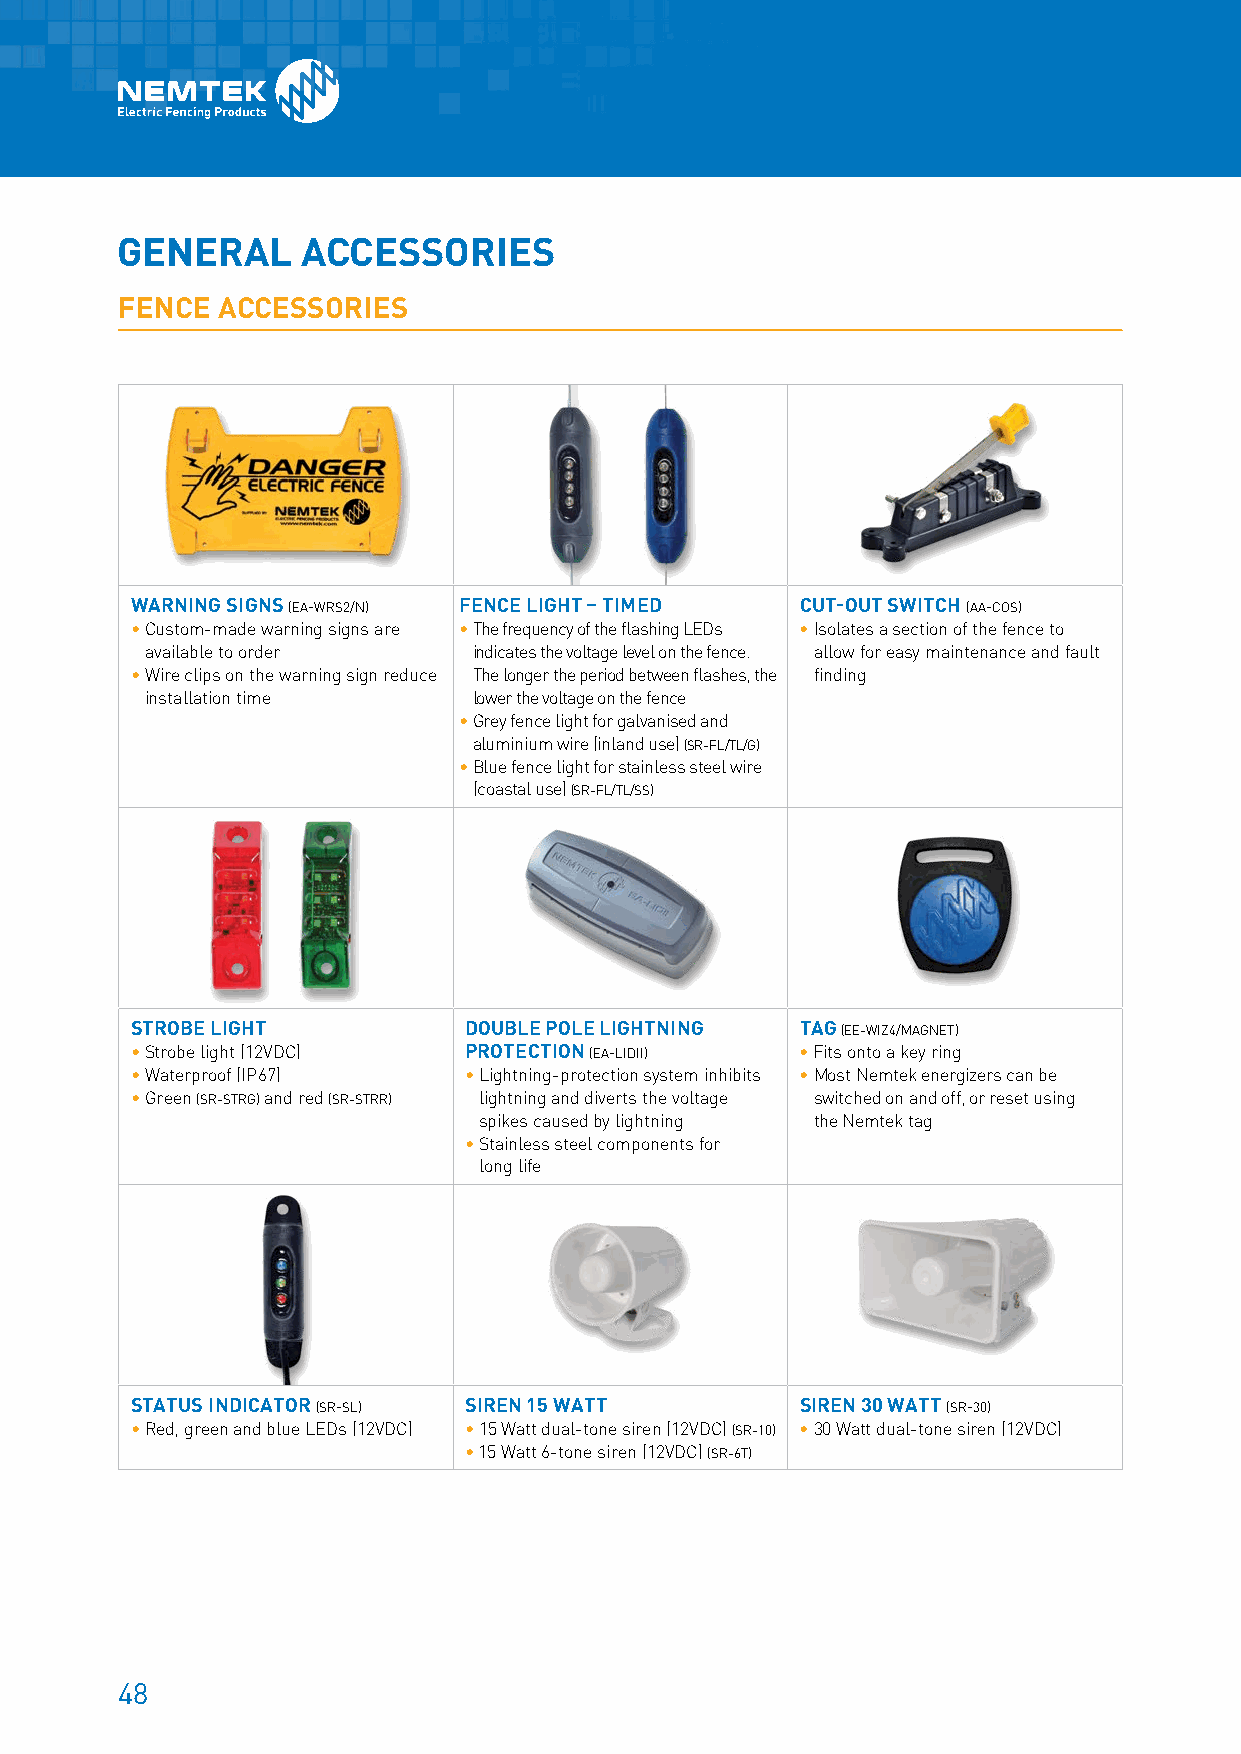
GENERAL     ACCESSORIES
 FENCE ACCESSORIES
 WARNING SIGNS (EA-WRS2/N) FENCE LIGHT – TIMED CUT-OUT SWITCH (AA-COS)
 • Custom-made warning signs are • The frequency of the flashing LEDs • Isolates a section of the fence to
 available to order   indicates the voltage level on the fence. allow for easy maintenance and fault
 • Wire clips on the warning sign reduce The longer the period between flashes, the finding
 installation time    lower the voltage on the fence
 • G rey fence light for galvanised and
 aluminium wire (inland use) (SR-FL/TL/G)
 • B lue fence light for stainless steel wire
 (coastal use) (SR-FL/TL/SS)
 STROBE LIGHT          DOUBLE POLE LIGHTNING TAG (EE-WIZ4/MAGNET)
 • Strobe light (12VDC) PROTECTION (EA-LIDII) • Fits onto a key ring
 • Waterproof (IP67)   • Lightning-protection system inhibits • Most Nemtek energizers can be
 • Green (SR-STRG) and red (SR-STRR) lightning and diverts the voltage switched on and off, or reset using
 spikes caused by lightning the Nemtek tag
 • Stainless steel components for
 long life
 STATUS INDICATOR (SR-SL) SIREN 15 WATT      SIREN 30 WATT (SR-30)
 • Red, green and blue LEDs (12VDC) • 15 Watt dual-tone siren (12VDC) (SR-10) • 30 Watt dual-tone siren (12VDC)
 • 15 Watt 6-tone siren (12VDC) (SR-6T)
 48